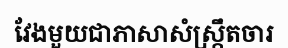
វែងមួយជាភាសាសំស្ក្រឹតចារ